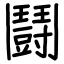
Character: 鬪